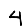
Digit: 4